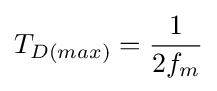
T_{D(max)}={\frac {1}{2f_{m}}}